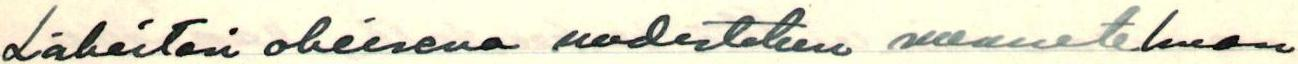
Läheitän oheisena uudistetun suunnitelman